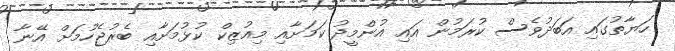
ހަޔާތުގައި އަބަދުވެސް ކުރަމުން އައި އުންމީދު ކަމަށާއި މިއުޒިކް ކުޅުމަށާއި ބެރުޖެހުމަށް އޭނާ